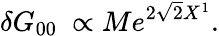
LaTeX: \delta G_{00}\ \propto Me^{2\sqrt 2X^{1}}.